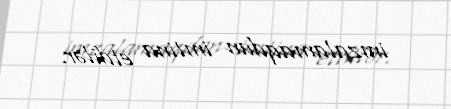
imzalamaqdan imtina etdilər.